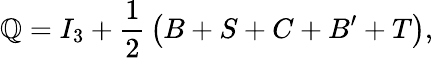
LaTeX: \mathbb{Q}=I_{3}+{\frac{{1}}{{2}}}\left(B+S+C+B^{\prime}+T\right),